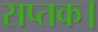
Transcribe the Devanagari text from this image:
सप्तक।